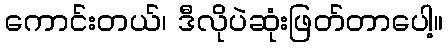
ကောင်းတယ်၊ ဒီလိုပဲဆုံးဖြတ်တာပေါ့။